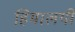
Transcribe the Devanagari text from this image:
हिमालयी